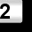
Digit: 2